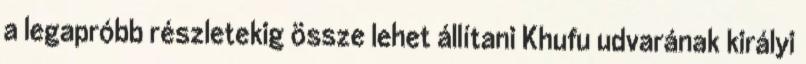
a legapróbb részletekig össze lehet állítani Khufu udvarának királyi